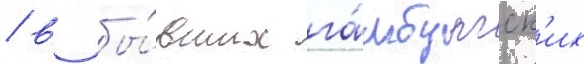
/ в бы́вших га́мбургск'их